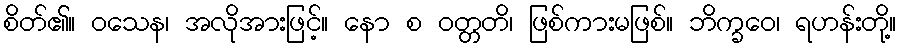
စိတ်၏။ ဝသေန၊ အလိုအားဖြင့်။ နော စ ဝတ္တတိ၊ ဖြစ်ကားမဖြစ်။ ဘိက္ခဝေ၊ ရဟန်းတို့။